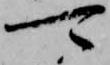
可